Vabadussoja_Ajaloo_Komitee, lk 100
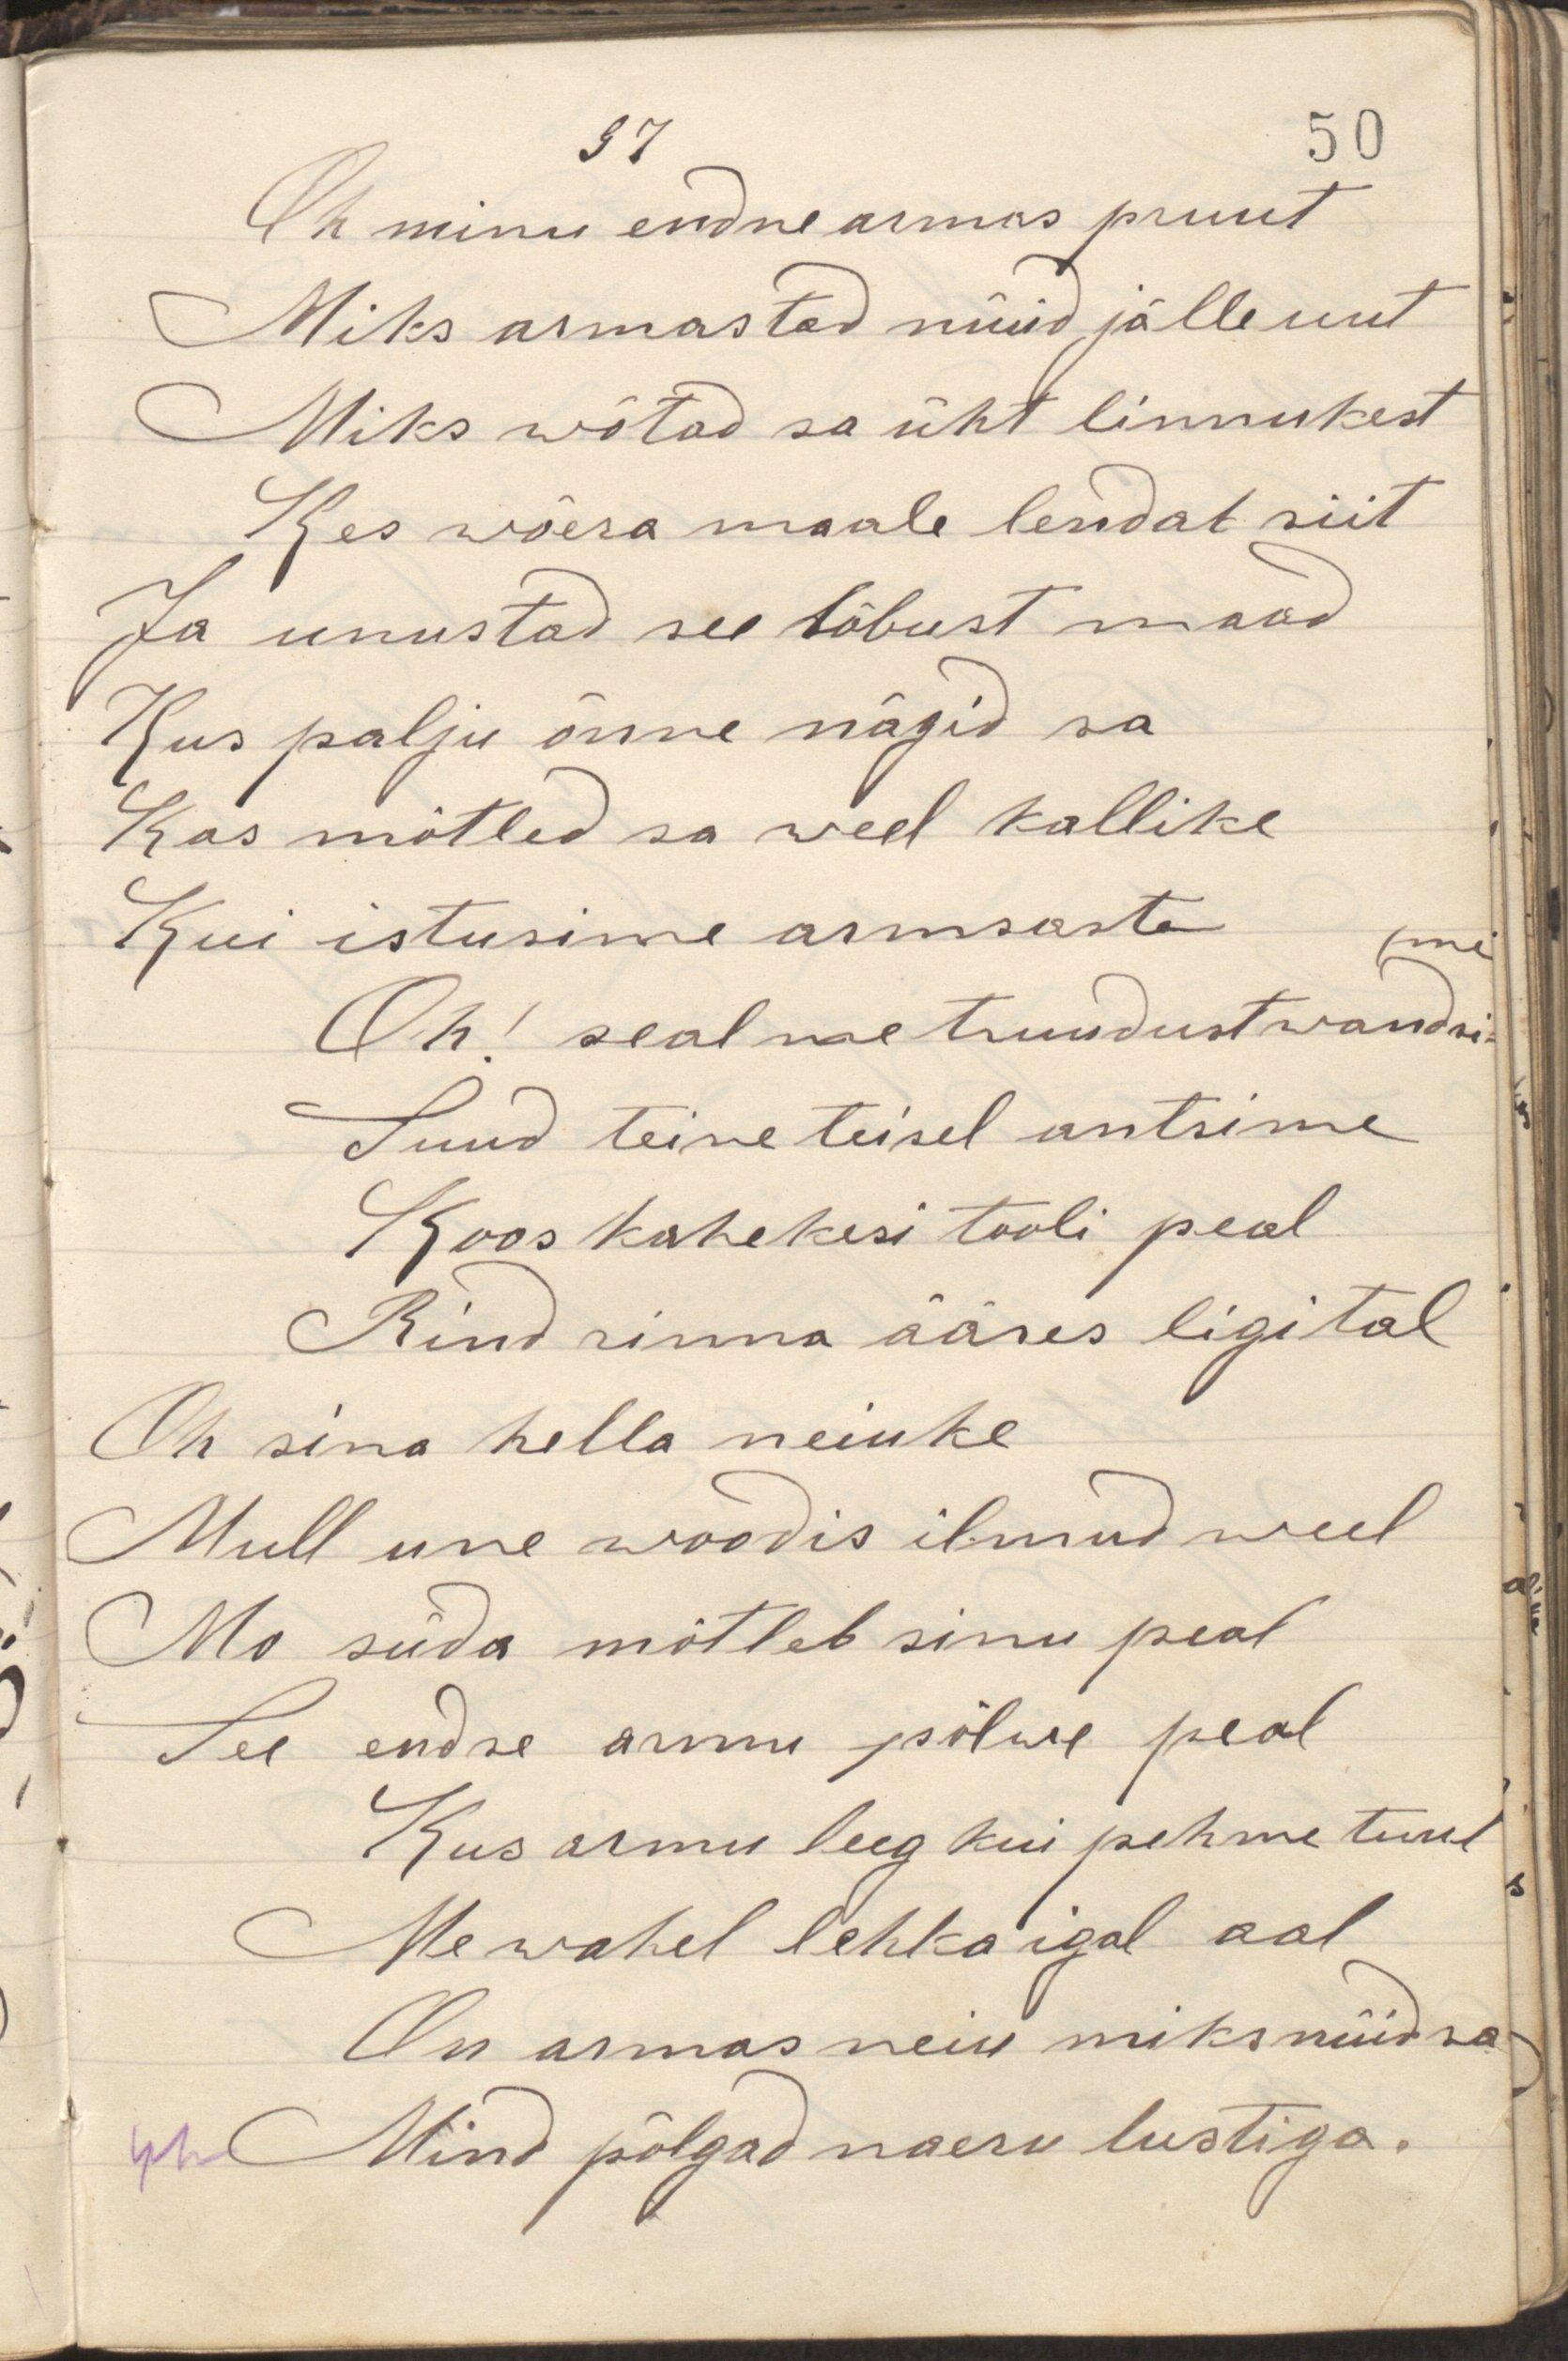
Oh minu endne armas pruutMiks armastad nüüd jälle uutMiks wõtad sa üht linnukestKes wõera maale lendat siitJa unustad see lõbust maadKus palju õnne nägid saKas mõtled sa weel kallikeKui istusime armsasteOh! seal me truudust wandsi-Suud teine teisel antsimeKoos kahekesi tooli pealRind sinna ääres ligitalOh sina hella neiuke Mull une woodis ilmud weelMo süda mõtleb sinu pealSee endse armu pilwe pealKus armu leeg kui pehme tuulMe wahel lehka igal aalOn armas neiu miks nüüd saMind põlgad naeru lustiga.